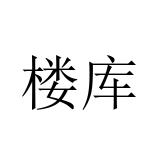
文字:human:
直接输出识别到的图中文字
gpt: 楼库